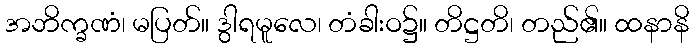
အဘိက္ခဏံ၊ မပြတ်။ ဒွါရမူလေ၊ တံခါးဝ၌။ တိဋ္ဌတိ၊ တည်၏။ ထနာနိ